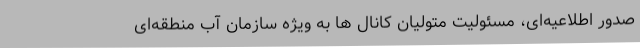
صدور اطلاعیه‌ای، مسئولیت متولیان کانال ها به ویژه سازمان آب منطقه‌ای